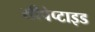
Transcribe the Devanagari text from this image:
सीपेप्टाइड